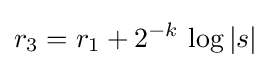
r_{3}=r_{1}+2^{-k}\,\log {|s|}